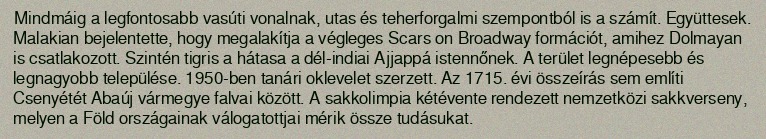
Mindmáig a legfontosabb vasúti vonalnak, utas és teherforgalmi szempontból is a számít. Együttesek. Malakian bejelentette, hogy megalakítja a végleges Scars on Broadway formációt, amihez Dolmayan is csatlakozott. Szintén tigris a hátasa a dél-indiai Ajjappá istennőnek. A terület legnépesebb és legnagyobb települése. 1950-ben tanári oklevelet szerzett. Az 1715. évi összeírás sem említi Csenyétét Abaúj vármegye falvai között. A sakkolimpia kétévente rendezett nemzetközi sakkverseny, melyen a Föld országainak válogatottjai mérik össze tudásukat.